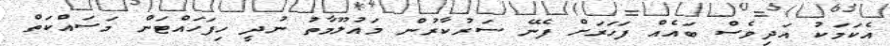
އެކަމަކު އަދިވެސް ބައެއް ފަހަރަށް ފެނޭ ސަރުކާރުން މައުލޫމާތު ނުދީ ހިފަހައްޓަން މަސައްކަތް